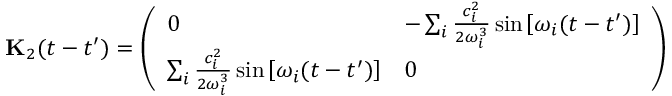
\mathbf { { K } } _ { 2 } ( t - t ^ { \prime } ) = \left( \begin{array} { l l } { 0 } & { - \sum _ { i } \frac { c _ { i } ^ { 2 } } { 2 \omega _ { i } ^ { 3 } } \sin \left[ \omega _ { i } ( t - t ^ { \prime } ) \right] } \\ { \sum _ { i } \frac { c _ { i } ^ { 2 } } { 2 \omega _ { i } ^ { 3 } } \sin \left[ \omega _ { i } ( t - t ^ { \prime } ) \right] } & { 0 } \end{array} \right)